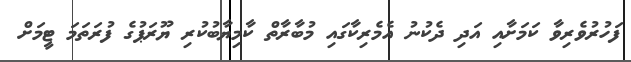
ފަހުރުވެރިވާ ކަމަށާއި އަދި ދެކުނު އެމެރިކާގައި މުބާރާތް ކާމިޔާބުކުރި ޔޫރަޕުގެ ފުރަތަމަ ޓީމަށް